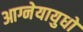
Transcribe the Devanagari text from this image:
आग्नेयायुधों